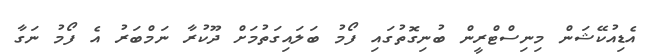
އެޑިއުކޭޝަން މިނިސްޓްރީން ބުނިގޮތުގައި ފޯމު ބަލައިގަތުމަށް ދޫކުރާ ނަމްބަރު އެ ފޯމު ނަގާ